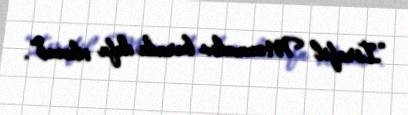
“İsrafil Məmmədov burada dəfn olunub”.